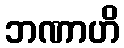
ဘဏာဟိ